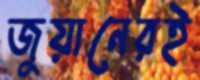
জুয়ানেরই